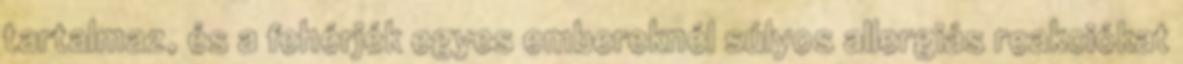
tartalmaz, és a fehérjék egyes embereknél súlyos allergiás reakciókat